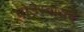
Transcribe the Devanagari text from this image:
घोडेस्वारांचे